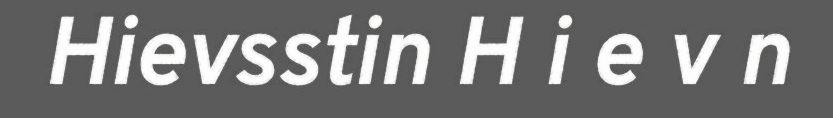
Hievsstin H i e v n